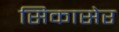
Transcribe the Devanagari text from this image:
सिकासेर